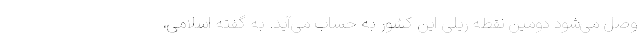
وصل می‌شود دومین نقطه ریلی این کشور به حساب می‌آید. به گفته اسلامی،